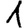
Digit: 1